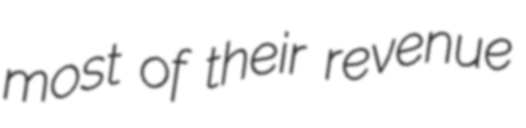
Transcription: most of their revenue